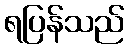
ရပြန်သည်